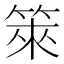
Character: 箂